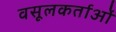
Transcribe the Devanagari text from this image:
वसूलकर्ताओं